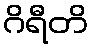
ဂိရီတိ